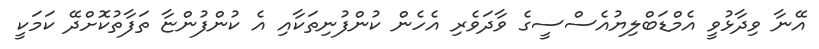
އޭނާ ވިދާޅުވީ އެމްޑަބްލިޔުއެސްސީގެ ވާދަވެރި އެހެން ކުންފުނިތަކާއި އެ ކުންފުންޏާ ތަފާތުކޮށްދޭ ކަމަކީ